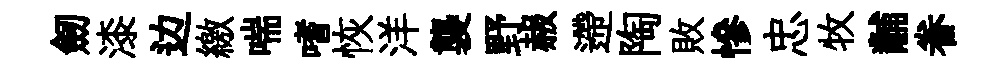
劒漆边繳喘嗜恢洋襲野赧遰陶敗慘忠牧黼眷